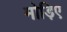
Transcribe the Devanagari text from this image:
मोड़िए